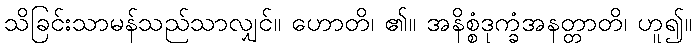
သိခြင်းသာမန်သည်သာလျှင်။ ဟောတိ၊ ၏။ အနိစ္စံဒုက္ခံအနတ္တာတိ၊ ဟူ၍။